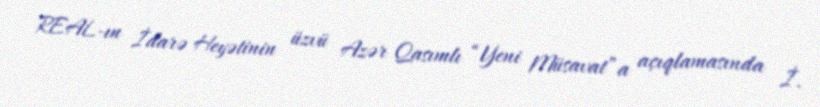
REAL-ın İdarə Heyətinin üzvü Azər Qasımlı “Yeni Müsavat”a açıqlamasında İ.